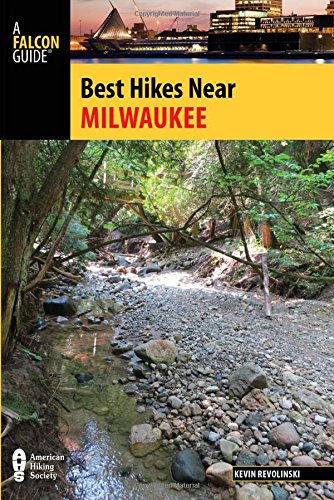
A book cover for Best Hikes Near Milwaukee (Best Hikes Near Series); Kevin Revolinski; Travel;